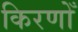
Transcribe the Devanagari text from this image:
किरणोँ